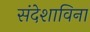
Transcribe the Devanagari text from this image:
संदेशाविना